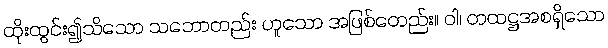
ထိုးထွင်း၍သိသော သဘောတည်း ဟူသော အဖြစ်တေည်း။ ဝါ၊ တထဋ္ဌအစရှိသော